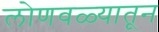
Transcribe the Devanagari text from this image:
लोणवळ्यातून